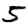
Digit: 5